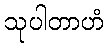
သုပါတာဟံ